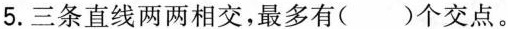
5.三条直线两两相交，最多有( )个交点。